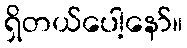
ရှိတယ်ပေါ့နော်။